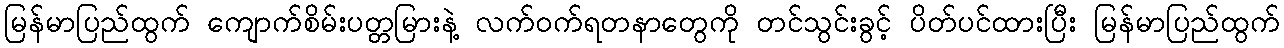
မြန်မာပြည်ထွက် ကျောက်စိမ်းပတ္တမြားနဲ့ လက်ဝက်ရတနာတွေကို တင်သွင်းခွင့် ပိတ်ပင်ထားပြီး မြန်မာပြည်ထွက်